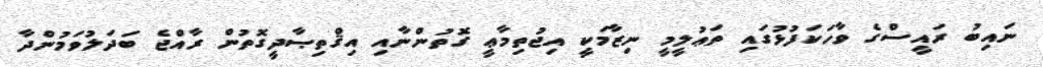
ނައިބު ރައީސްގެ ވާހަކަފުޅުގައި ތަޢުލީމީ ނިޒާމަކީ އިޖުތިމާޢީ ގޮތުންނާއި އިޤްތިޞާދީގޮތުން ރާއްޖެ ބަދަލުވަމުންދާ